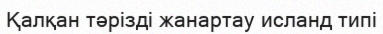
Қалқан тәрізді жанартау исланд типі